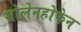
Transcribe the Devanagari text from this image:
सोलेनहोफेन